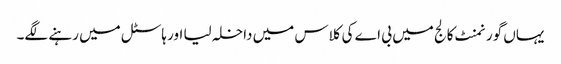
یہاں گورنمنٹ کالج میں بی اے کی کلاس میں داخلہ لیا اور ہاسٹل میں رہنے لگے۔